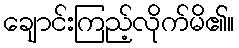
ချောင်းကြည့်လိုက်မိ၏။